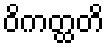
ဝိကတ္ထတိ